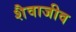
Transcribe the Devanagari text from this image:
शैवाजीव